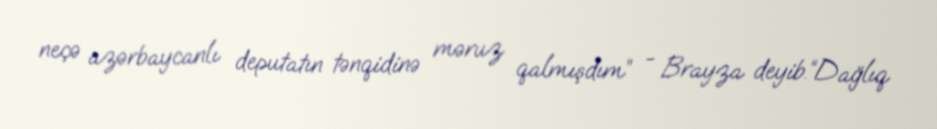
neçə azərbaycanlı deputatın tənqidinə məruz qalmışdım” - Brayza deyib.“Dağlıq